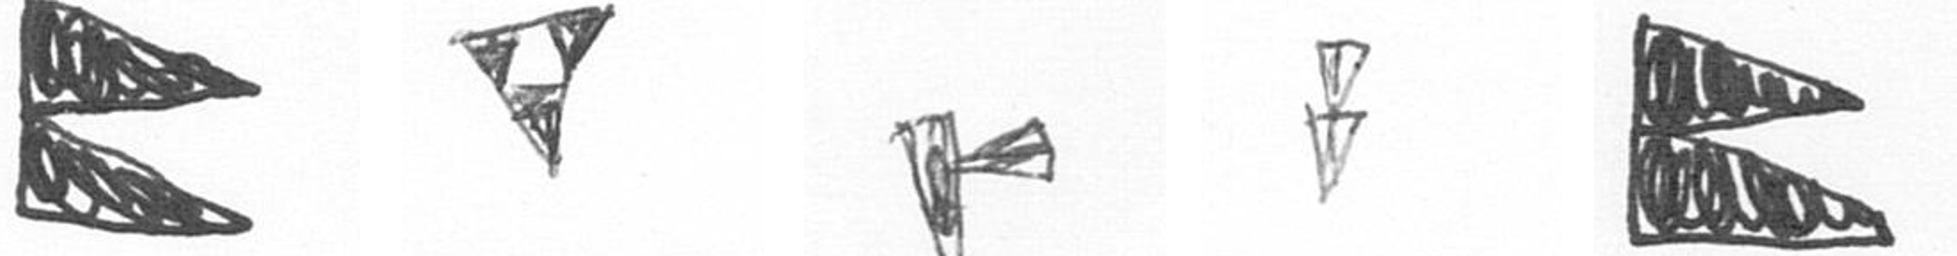
P S F Z P